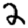
Digit: 2